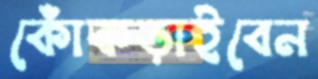
কোঁকড়াইবেন